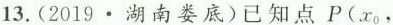
13.(2019\cdot湖南娄底)已知点P(x_{0}，